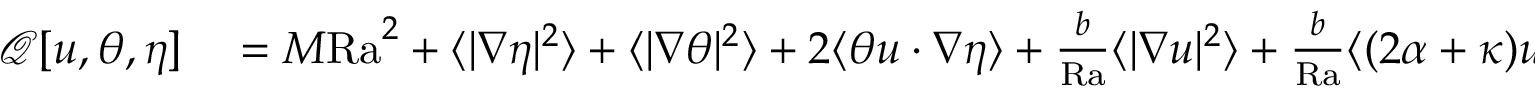
\begin{array} { r l } { \mathcal { Q } [ u , \theta , \eta ] } & { { } = M \mathrm { { R a } } ^ { 2 } + \langle | \nabla \eta | ^ { 2 } \rangle + \langle | \nabla \theta | ^ { 2 } \rangle + 2 \langle \theta u \cdot \nabla \eta \rangle + \frac { b } { \mathrm { { R a } } } \langle | \nabla u | ^ { 2 } \rangle + \frac { b } { \mathrm { { R a } } } \langle ( 2 \alpha + \kappa ) u _ { \tau } ^ { 2 } \rangle _ { \gamma ^ { - } \cup \gamma ^ { + } } } \end{array}